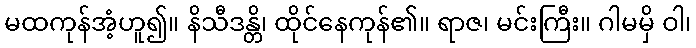
မထကုန်အံ့ဟူ၍။ နိသီဒန္တိ၊ ထိုင်နေကုန်၏။ ရာဇ၊ မင်းကြီး။ ဂါမမှိ ဝါ၊